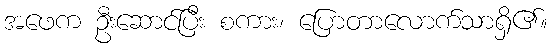
အဖေက ဦးဆောင်ပြီး စကား၊ ပြောတာလောက်သာရှိ၏။